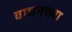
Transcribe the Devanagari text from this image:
वाघनख्या